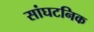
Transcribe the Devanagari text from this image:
सांघटनिक